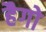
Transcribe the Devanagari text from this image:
हैगो